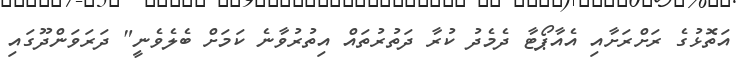
އަތޮޅުގެ ރަށްރަށާއި އެއާޕޯޓާ ދެމެދު ކުރާ ދަތުރުތައް އިތުރުވާނެ ކަމަށް ބެލެވެނީ" ދަރަވަންދޫގައި